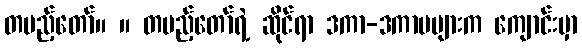
တပည့်တော်။ ။ တပည့်တော်ရဲ့ ဆိုင်ရာ ဒကာ-ဒကာမများက ကျောင်းမှာ